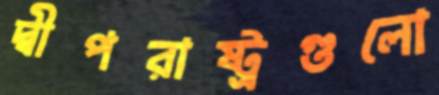
দ্বীপরাষ্ট্রগুলো